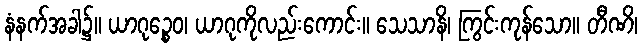
နံနက်အခါ၌။ ယာဂုဉ္စေဝ၊ ယာဂုကိုလည်းကောင်း။ သေသာနိ၊ ကြွင်းကုန်သော။ တီဏိ၊